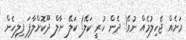
މަށެއް ޖެހިލުމެއް ނުވޭ! ދެން ހުރީ ކަލޭ! ކަލޭ ނާލް ދޫކޮށްލާފަ ފިލިހެން